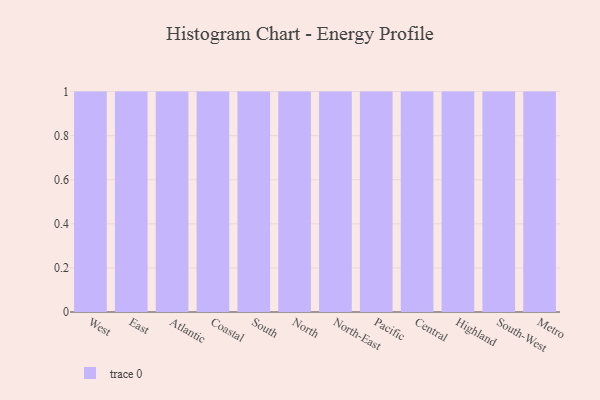
{"axis": {"x": "Region", "y": "Production Output"}, "legend": [""], "data": [{"x": "West", "y": 81, "type": ""}, {"x": "East", "y": 33, "type": ""}, {"x": "Atlantic", "y": 53, "type": ""}, {"x": "Coastal", "y": 8, "type": ""}, {"x": "South", "y": 32, "type": ""}, {"x": "North", "y": 22, "type": ""}, {"x": "North-East", "y": 58, "type": ""}, {"x": "Pacific", "y": 55, "type": ""}, {"x": "Central", "y": 82, "type": ""}, {"x": "Highland", "y": 48, "type": ""}, {"x": "South-West", "y": 37, "type": ""}, {"x": "Metro", "y": 46, "type": ""}]}